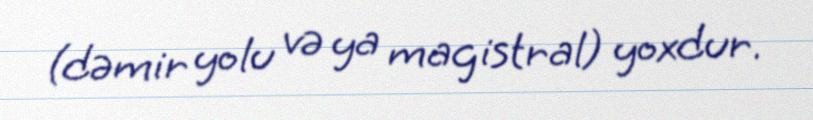
(dəmir yolu və ya magistral) yoxdur.